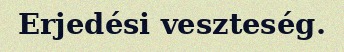
Erjedési veszteség.